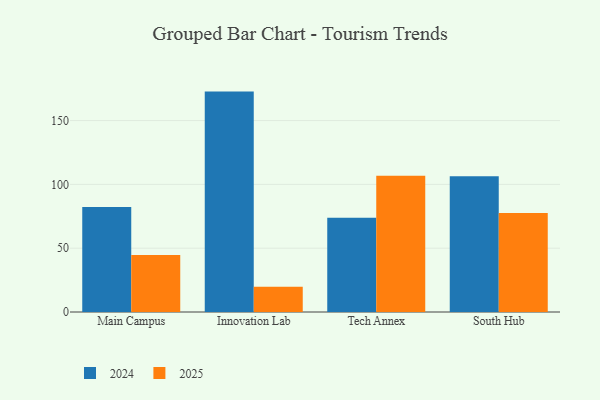
{"axis": {"x": "Campus", "y": "LTV (USD)"}, "legend": ["2024", "2025"], "data": [{"x": "Main Campus", "y": 82.3, "type": "2024"}, {"x": "Main Campus", "y": 44.6, "type": "2025"}, {"x": "Innovation Lab", "y": 172.7, "type": "2024"}, {"x": "Innovation Lab", "y": 19.7, "type": "2025"}, {"x": "Tech Annex", "y": 73.9, "type": "2024"}, {"x": "Tech Annex", "y": 106.8, "type": "2025"}, {"x": "South Hub", "y": 106.4, "type": "2024"}, {"x": "South Hub", "y": 77.5, "type": "2025"}]}